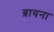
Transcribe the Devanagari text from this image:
ब्रायना